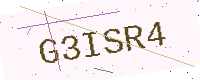
Text: G3ISR4